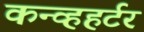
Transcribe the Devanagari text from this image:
कन्व्हहर्टर